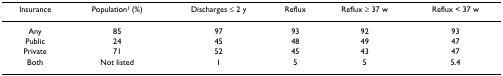
<table><thead><tr><td><b>Insurance</b></td><td><b>Population<sup>1 </sup>(%)</b></td><td><b>Discharges ≤ 2 y</b></td><td><b>Reflux</b></td><td><b>Reflux ≥ 37 w</b></td><td><b>Reflux &lt; 37 w</b></td></tr></thead><tbody><tr><td>Any</td><td>85</td><td>97</td><td>93</td><td>92</td><td>93</td></tr><tr><td>Public</td><td>24</td><td>45</td><td>48</td><td>49</td><td>47</td></tr><tr><td>Private</td><td>71</td><td>52</td><td>45</td><td>43</td><td>47</td></tr><tr><td>Both</td><td>Not listed</td><td>1</td><td>5</td><td>5</td><td>5.4</td></tr></tbody></table>